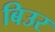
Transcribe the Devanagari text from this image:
बिउर